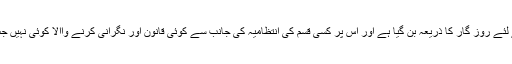
تعلیم ہنزہ میں بے روزز گار نوجوانوں کے لئے روز گار کا ذریعہ بن گیا ہے اور اس پر کسی قسم کی انتظامیہ کی جانب سے کوئی قانون اور نگرانی کرنے واالا کوئی نہیں جس کی وجہ سے پورا اثر عوام پر پڑتا ہے ۔